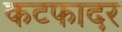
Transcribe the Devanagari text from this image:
कटफादर